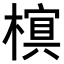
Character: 𬄖